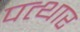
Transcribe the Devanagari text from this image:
पत्थार